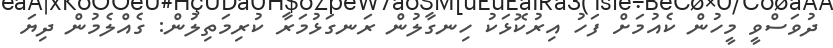
ދުވަސްވީ މީހުން ކެއުމަށް ފަހު އިރުކޮޅަކު ހިނގާލުން ރަނގަޅުމަރާ ކުރިމަތިލުން: ގެއްލެމުން ދިޔަ